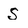
Character: S